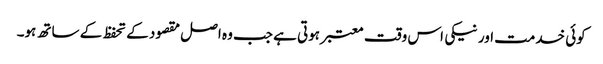
کوئی خدمت اور نیکی اس وقت معتبر ہوتی ہے جب وہ اصل مقصود کے تحفظ کے ساتھ ہو۔